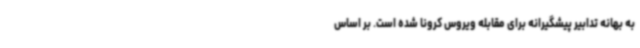
به بهانه تدابیر پیشگیرانه برای مقابله ویروس کرونا شده است. بر اساس